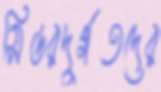
সিডরদুর্গতদের